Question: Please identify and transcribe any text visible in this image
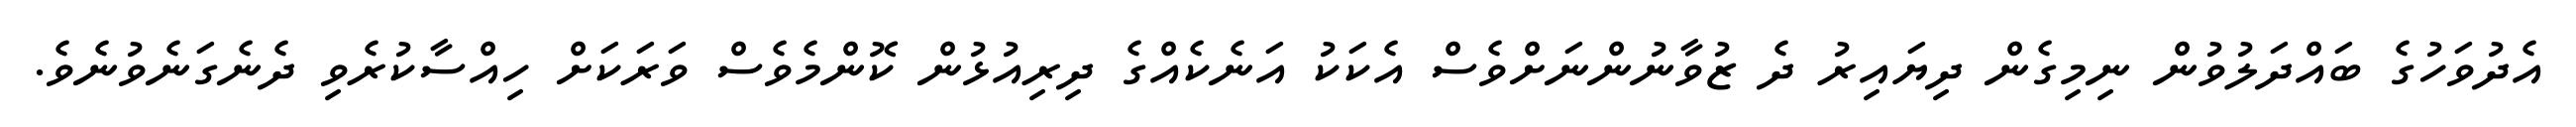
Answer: އެދުވަހުގެ ބައްދަލުވުން ނިމިގެން ދިޔައިރު ދެ ޒުވާނުންނަށްވެސް އެކަކު އަނެކެއްގެ ދިރިއުޅުން ކޮންމެވެސް ވަރަކަށް ހިއްސާކުރެވި ދެނެގަނެވުނެވެ.